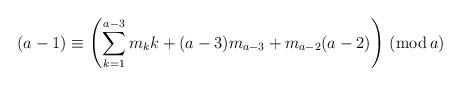
LaTeX: \begin{align*}(a-1)& \equiv\left(\sum\limits_{k=1}^{a-3} m_{k}k+ (a-3)m_{a-3}+m_{a-2}(a-2)\right)\, (\mathrm{mod}\, a)\end{align*}